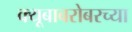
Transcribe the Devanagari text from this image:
क्यूबाबरोबरच्या